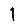
Digit: 1